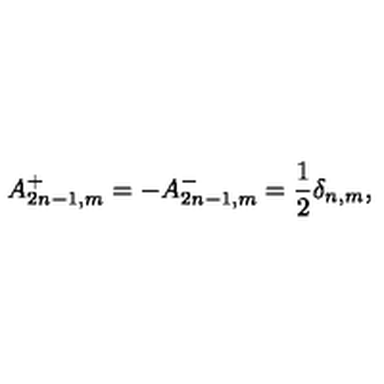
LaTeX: A _ { 2 n - 1 , m } ^ { + } = - A _ { 2 n - 1 , m } ^ { - } = \frac { 1 } { 2 } \delta _ { n , m } ,